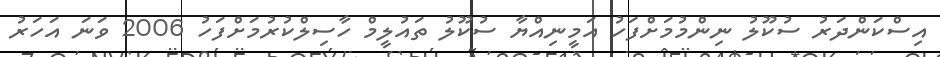
އިސްކަންދަރު ސުކޫލު ނިންމުމަށްފަހު އަމީނިއްޔާ ސުކޫލު ތައުލީމް ހާސިލްކުރުމަށްފަހު 2006 ވަނަ އަހަރު